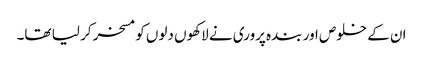
ان کے خلوص اور بندہ پروری نے لاکھوں دلوں کو مسخر کر لیا تھا۔